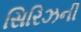
સિરિઝની